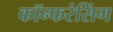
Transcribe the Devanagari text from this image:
कॉन्फरंसिंग